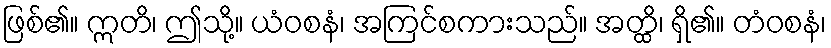
ဖြစ်၏။ ဣတိ၊ ဤသို့။ ယံဝစနံ၊ အကြင်စကားသည်။ အတ္ထိ၊ ရှိ၏။ တံဝစနံ၊